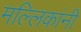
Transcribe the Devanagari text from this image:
मल्लिकांनी